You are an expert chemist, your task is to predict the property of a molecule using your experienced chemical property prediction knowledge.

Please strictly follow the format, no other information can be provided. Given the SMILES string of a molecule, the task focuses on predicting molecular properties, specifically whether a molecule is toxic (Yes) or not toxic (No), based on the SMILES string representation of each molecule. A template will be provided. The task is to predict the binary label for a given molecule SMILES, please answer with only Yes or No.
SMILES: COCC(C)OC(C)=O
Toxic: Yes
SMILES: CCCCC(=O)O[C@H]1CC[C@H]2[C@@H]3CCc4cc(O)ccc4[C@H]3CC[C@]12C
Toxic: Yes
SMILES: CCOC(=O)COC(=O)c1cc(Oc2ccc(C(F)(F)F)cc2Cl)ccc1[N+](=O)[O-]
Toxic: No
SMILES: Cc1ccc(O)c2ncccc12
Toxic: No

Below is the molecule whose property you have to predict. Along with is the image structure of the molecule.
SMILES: c1cc(OCC2CO2)cc(OCC2CO2)c1
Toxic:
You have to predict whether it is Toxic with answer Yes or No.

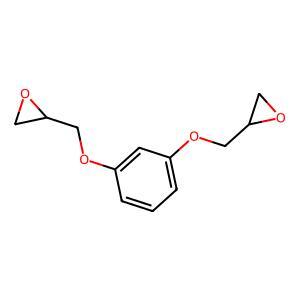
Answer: No